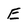
Character: E